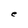
Character: e